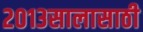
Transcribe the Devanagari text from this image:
२०१३सालासाठी